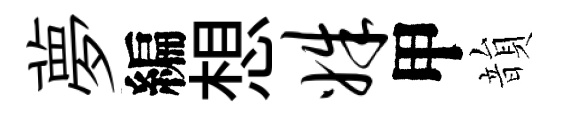
夢編想姝甲韻